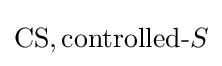
\mathrm {CS} ,{\text{controlled-}}S